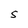
Character: S